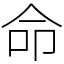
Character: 命